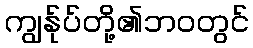
ကျွန်ုပ်တို့၏ဘဝတွင်